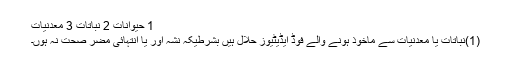
1 حیوانات 2 نباتات 3 معدنیات
(1)نباتات یا معدنیات سے ماخوذ ہونے والے فوڈ ایڈیٹیوز حلال ہیں بشرطیکہ نشہ آور یا انتہائی مضر صحت نہ ہوں۔